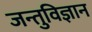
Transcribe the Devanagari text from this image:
जन्तुविज्ञान